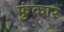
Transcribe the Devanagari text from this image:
फुंकार